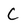
Character: C